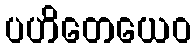
ပဟိတေယေဝ